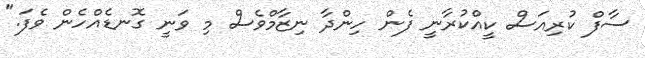
ސާފް ކުރިއަސް ކީއްކުރާނީ ފެން ހިންދާ ނިޒާމްވެސް މި ވަނީ ގޮނޑެއްހެން ވެފަ."